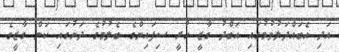
އަދި އެބައްދަލުވުމުގައި އަބްދު ގާޒީ ހުރީ ސިފައިންގެ ބެލުމުގެ ދަށުގައި ކަން ގާޒީގެ